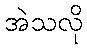
အဲသလို